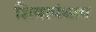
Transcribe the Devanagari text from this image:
शियापंथाय